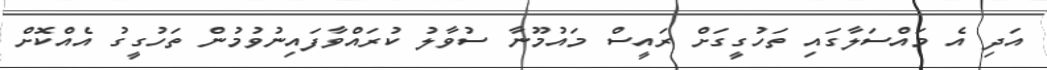
އަދި އެ މައްސަލާގައި ތަހުގީގަށް ރައީސް މައުމޫނާ ސުވާލު ކުރައްވާފައިނުވުމުން ތަހުގީގު އެއްކޮށް